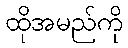
ထိုအမည်ကို